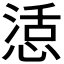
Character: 𭝴